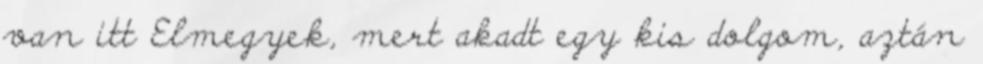
van itt Elmegyek, mert akadt egy kis dolgom, aztán